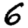
Digit: 6